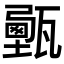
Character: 𤮔